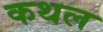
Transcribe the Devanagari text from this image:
कथल